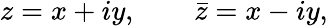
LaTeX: z=x+iy,\qquad\bar{z}=x-iy,